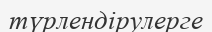
түрлендірулерге